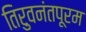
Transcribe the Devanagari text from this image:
तिरुवनंतपूरम